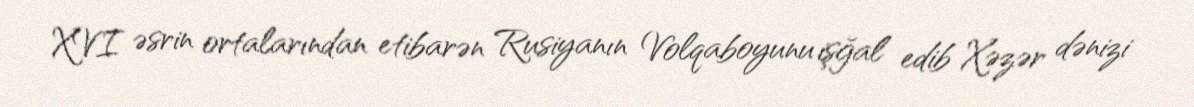
XVI əsrin ortalarından etibarən Rusiyanın Volqaboyunu işğal edib Xəzər dənizi